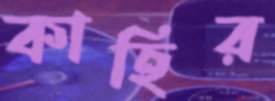
কাহির